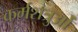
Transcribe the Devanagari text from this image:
कर्मशत्रुओं